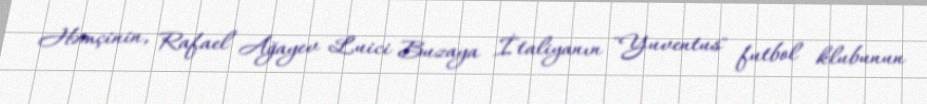
Həmçinin, Rafael Ağayev Luici Buzaya İtaliyanın "Yuventus" futbol klubunun